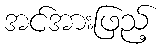
အင်အားဖြည့်